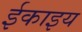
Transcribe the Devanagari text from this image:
ईकाइय